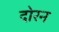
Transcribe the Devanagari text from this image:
दोरन